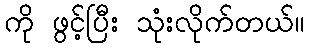
ကို ဖွင့်ပြီး သုံးလိုက်တယ်။